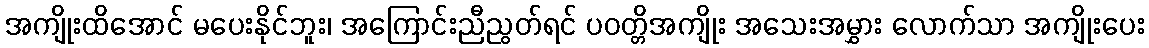
အကျိုးထိအောင် မပေးနိုင်ဘူး၊ အကြောင်းညီညွတ်ရင် ပဝတ္တိအကျိုး အသေးအမွှား လောက်သာ အကျိုးပေး